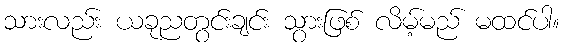
သားလည်း ယခုညတွင်းချင်း သွားဖြစ် လိမ့်မည် မထင်ပါ။